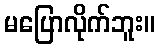
မပြောလိုက်ဘူး။